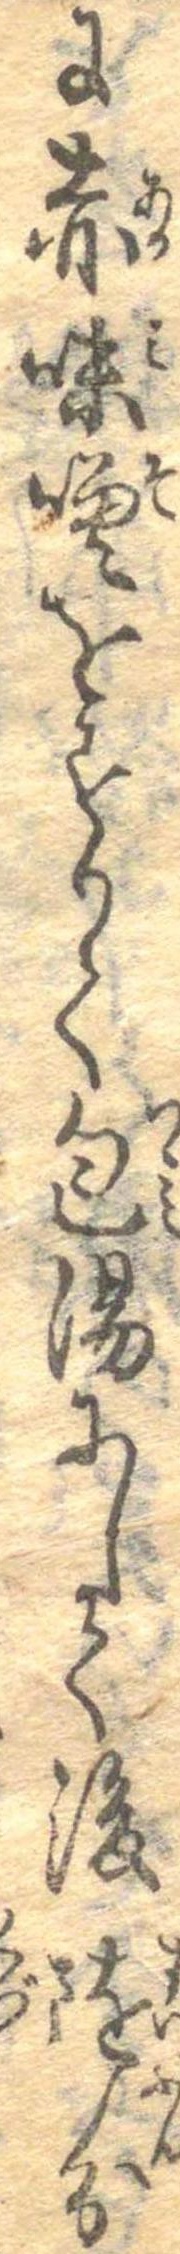
に赤味噌をすりて包湯にして後随分